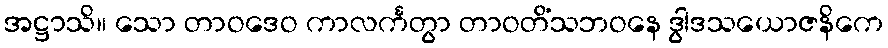
အဋ္ဌာသိ။ သော တာဝဒေဝ ကာလင်္ကတွာ တာဝတိံသဘဝနေ ဒွါဒသယောဇနိကေ